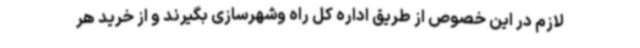
لازم در این خصوص از طریق اداره کل راه وشهرسازی بگیرند و از خرید هر